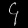
Digit: ၄